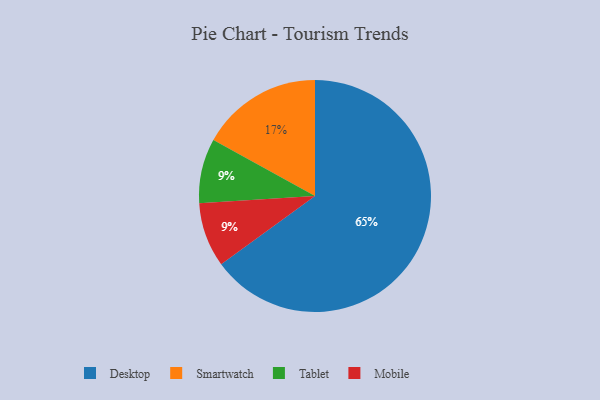
{"axis": {"x": "Category", "y": "Percentage"}, "legend": ["Desktop", "Mobile", "Smartwatch", "Tablet"], "data": [{"x": "Smartwatch", "y": 17, "type": "Smartwatch"}, {"x": "Desktop", "y": 65, "type": "Desktop"}, {"x": "Tablet", "y": 9, "type": "Tablet"}, {"x": "Mobile", "y": 9, "type": "Mobile"}]}